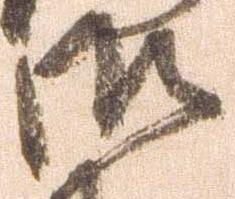
御